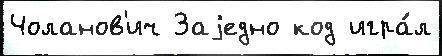
Чоланов'ич Заjедно код игра́л